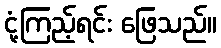
ငုံ့ကြည့်ရင်း ဖြေသည်။